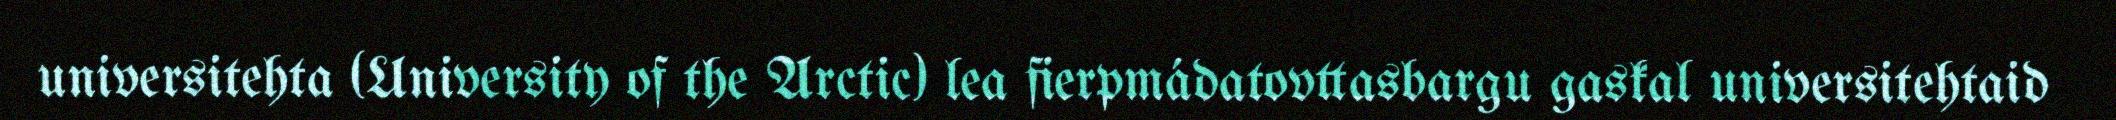
universitehta (University of the Arctic) lea fierpmádatovttasbargu gaskal universitehtaid